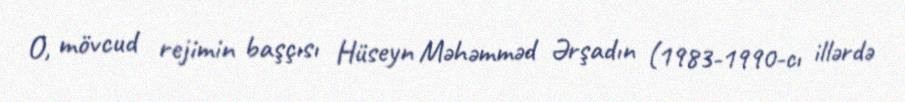
O, mövcud rejimin başçısı Hüseyn Məhəmməd Ərşadın (1983-1990-cı illərdə